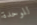
للوحدة